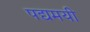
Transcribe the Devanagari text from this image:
पद्यमयी